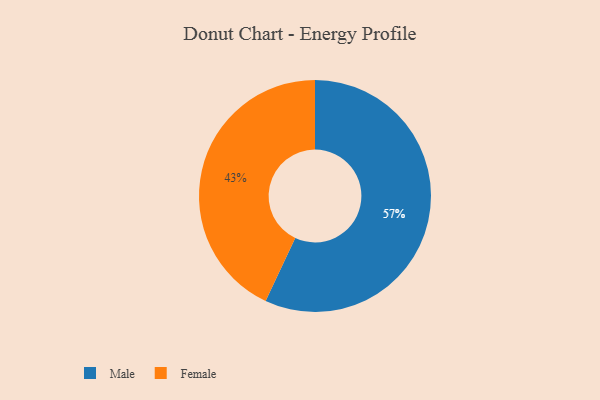
{"axis": {"x": "Category", "y": "Percentage"}, "legend": ["Female", "Male"], "data": [{"x": "Male", "y": 57, "type": "Male"}, {"x": "Female", "y": 43, "type": "Female"}]}